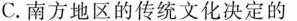
C.南方地区的传统文化决定的